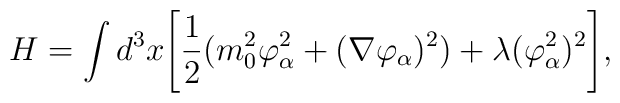
H =\int d^3x \Biggl[{1 \over 2}( m_0^2 \varphi_{\alpha}^2 + (\nabla \varphi_{\alpha})^2)+ \lambda (\varphi_{\alpha}^2)^2 \Biggr] ,\\